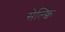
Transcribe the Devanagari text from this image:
सेल्क्वि